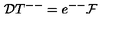
{ \cal D } T ^ { -- } = e ^ { -- } { \cal F }